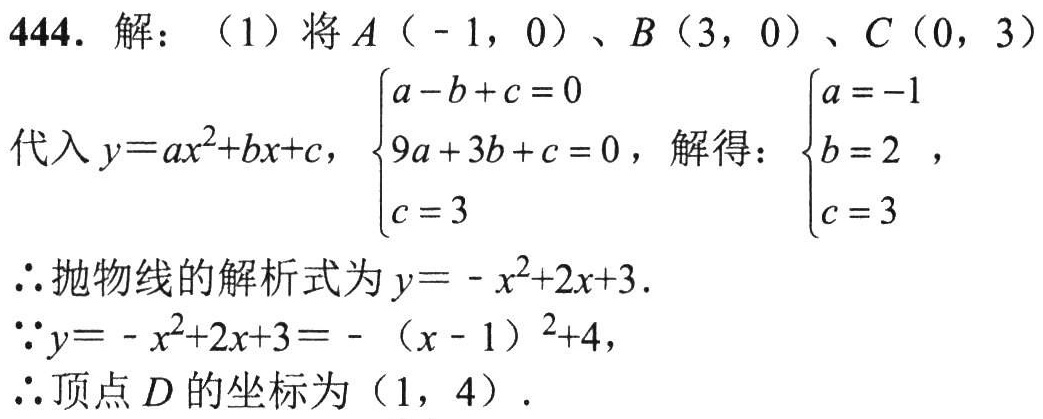
444. 解：（1）将 \(A(-1,0)\)、\(B(3,0)\)、\(C(0,3)\)
代入 \(y = ax^{2}+bx + c\)，\(\begin{cases}a - b + c = 0\\9a + 3b + c = 0\\c = 3\end{cases}\)，解得：\(\begin{cases}a = -1\\b = 2\\c = 3\end{cases}\)，
\(\therefore\)抛物线的解析式为 \(y=-x^{2}+2x + 3\).
\(\because y=-x^{2}+2x + 3=-(x - 1)^{2}+4\)，
\(\therefore\)顶点 \(D\)的坐标为 \((1,4)\).